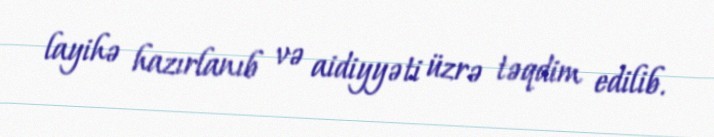
layihə hazırlanıb və aidiyyəti üzrə təqdim edilib.